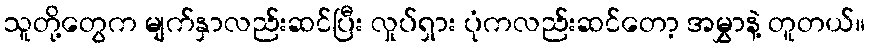
သူတို့တွေက မျက်နှာလည်းဆင်ပြီး လှုပ်ရှား ပုံကလည်းဆင်တော့ အမွှာနဲ့ တူတယ်။